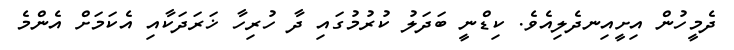
ދެމީހުން އިށީއިނދެލިއެވެ. ކިޑްނީ ބަދަލު ކުރުމުގައި ދާ ހުރިހާ ޚަރަދަކާއި އެކަމަށް އެންމެ